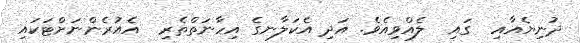
ދުނިޔެއާއި  ގައި  ލެއްވިއެވެ. އަދި އެކަލާނގެ އިހާނަތްތެރި  އެއުރެންނަށްޓަކައި